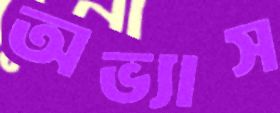
অভ্যাস